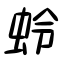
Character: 蛉